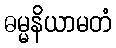
ဓမ္မနိယာမတံ